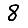
Digit: 8